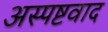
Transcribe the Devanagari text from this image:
अस्पष्टवाद